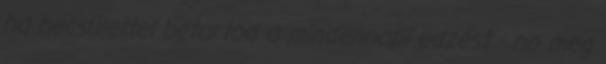
ha becsülettel betartod a mindennapi edzést - no meg